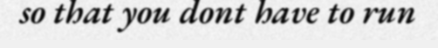
so that you dont have to run